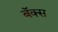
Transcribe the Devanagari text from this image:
बॅक्स